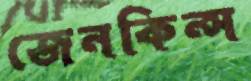
জেনকিন্স